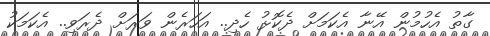
ގާތު އެހުމުން އޭނާ އެކަމަށް ދެކޮޅު ހެދި.. އަހަރެން ވަރަށް ދެރަވި.. އެކަމަކު